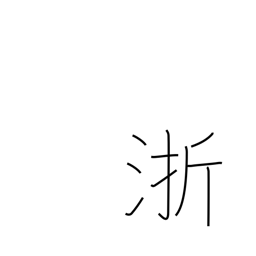
Meaning: name of a Chinese river